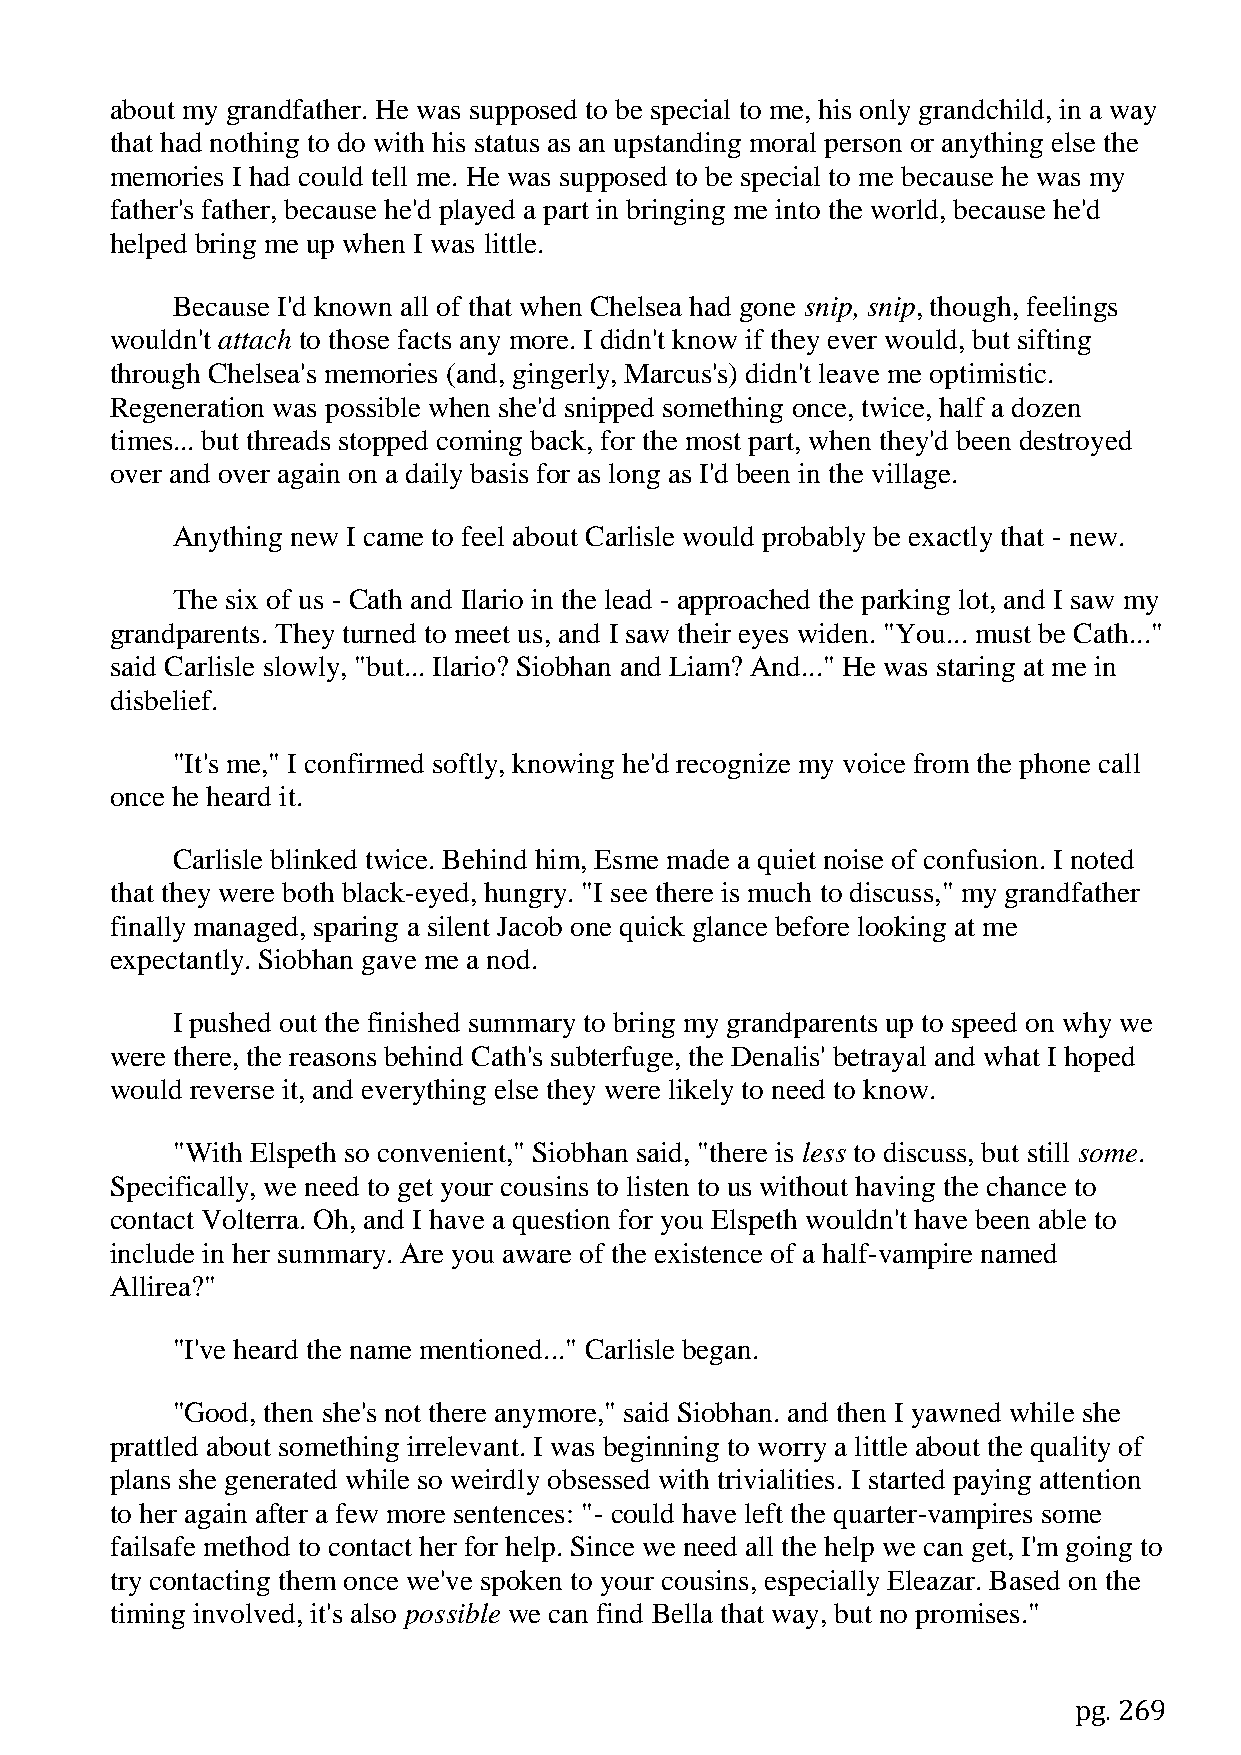
about my grandfather. He was supposed to be special to me, his only grandchild, in a way
 that had nothing to do with his status as an upstanding moral person or anything else the
 memories I had could tell me. He was supposed to be special to me because he was my
 father's father, because he'd played a part in bringing me into the world, because he'd
 helped bring me up when I was little.
 Because I'd known all of that when Chelsea had gone snip, snip, though, feelings
 wouldn't attach to those facts any more. I didn't know if they ever would, but sifting
 through Chelsea's memories (and, gingerly, Marcus's) didn't leave me optimistic.
 Regeneration was possible when she'd snipped something once, twice, half a dozen
 times... but threads stopped coming back, for the most part, when they'd been destroyed
 over and over again on a daily basis for as long as I'd been in the village.
 Anything new I came to feel about Carlisle would probably be exactly that - new.
 The six of us - Cath and Ilario in the lead - approached the parking lot, and I saw my
 grandparents. They turned to meet us, and I saw their eyes widen. "You... must be Cath..."
 said Carlisle slowly, "but... Ilario? Siobhan and Liam? And..." He was staring at me in
 disbelief.
 "It's me," I confirmed softly, knowing he'd recognize my voice from the phone call
 once he heard it.
 Carlisle blinked twice. Behind him, Esme made a quiet noise of confusion. I noted
 that they were both black-eyed, hungry. "I see there is much to discuss," my grandfather
 finally managed, sparing a silent Jacob one quick glance before looking at me
 expectantly. Siobhan gave me a nod.
 I pushed out the finished summary to bring my grandparents up to speed on why we
 were there, the reasons behind Cath's subterfuge, the Denalis' betrayal and what I hoped
 would reverse it, and everything else they were likely to need to know.
 "With Elspeth so convenient," Siobhan said, "there is less to discuss, but still some.
 Specifically, we need to get your cousins to listen to us without having the chance to
 contact Volterra. Oh, and I have a question for you Elspeth wouldn't have been able to
 include in her summary. Are you aware of the existence of a half-vampire named
 Allirea?"
 "I've heard the name mentioned..." Carlisle began.
 "Good, then she's not there anymore," said Siobhan. and then I yawned while she
 prattled about something irrelevant. I was beginning to worry a little about the quality of
 plans she generated while so weirdly obsessed with trivialities. I started paying attention
 to her again after a few more sentences: "- could have left the quarter-vampires some
 failsafe method to contact her for help. Since we need all the help we can get, I'm going to
 try contacting them once we've spoken to your cousins, especially Eleazar. Based on the
 timing involved, it's also possible we can find Bella that way, but no promises."
 pg. 269